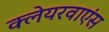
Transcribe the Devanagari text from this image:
क्लेयरवाएंस